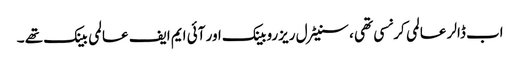
اب ڈالر عالمی کرنسی تھی ، سنیٹرل ریزروبینک اور آئی ایم ایف عالمی بینک تھے ۔